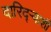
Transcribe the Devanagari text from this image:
दारिद्ऱ्याशी